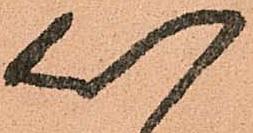
以